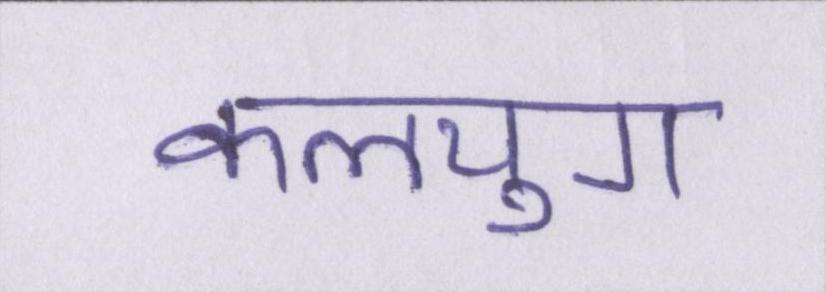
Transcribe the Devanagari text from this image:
कलयुग